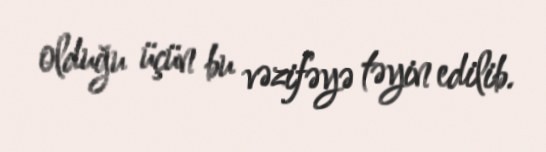
olduğu üçün bu vəzifəyə təyin edilib.